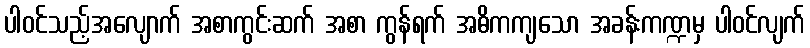
ပါဝင်သည့်အလျောက် အစာကွင်းဆက် အစာ ကွန်ရက် အဓိကကျသော အခန်းကဏ္ဍမှ ပါဝင်လျက်